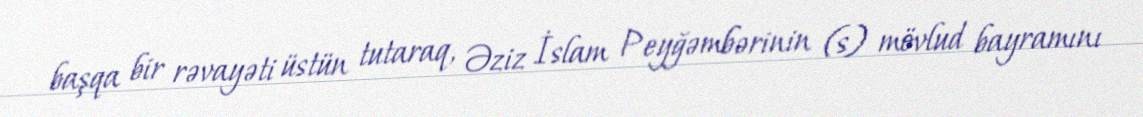
başqa bir rəvayəti üstün tutaraq, Əziz İslam Peyğəmbərinin (s) mövlud bayramını